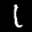
Label: 1